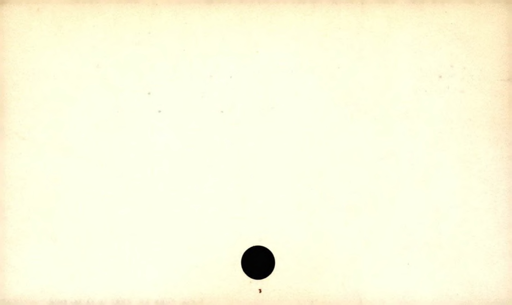
Label: blank